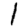
Digit: 1